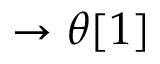
\rightarrow \theta [ 1 ]